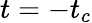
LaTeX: t=-t_{c}